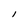
Character: l